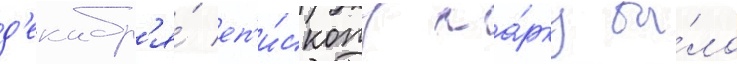
д'екабр'я́ еп'и́скопу ма́рку бы́ло